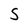
Character: S